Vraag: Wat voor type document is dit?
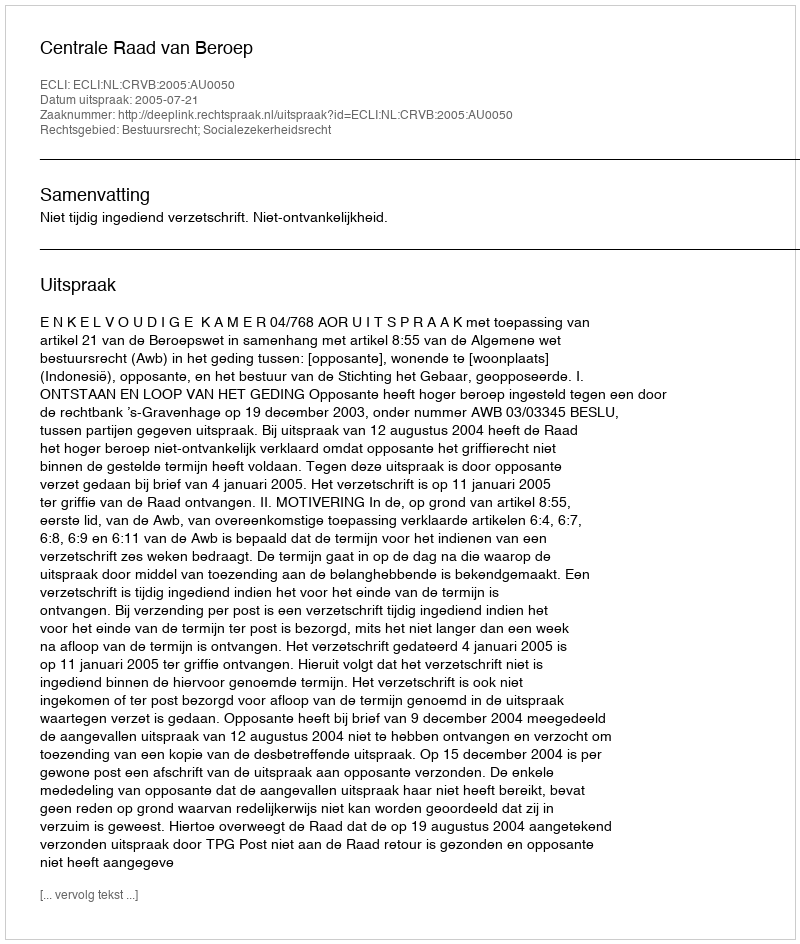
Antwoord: Uitspraak